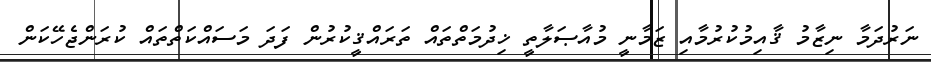
ނަރުދަމާ ނިޒާމު ޤާއިމުކުރުމާއި ޒަމާނީ މުއާޞަލާތީ ޚިދުމަތްތައް ތަރައްޤީކުރުން ފަދަ މަސައްކަތްތައް ކުރަންޖެހޭކަން